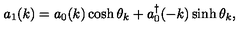
a _ { 1 } ( k ) = a _ { 0 } ( k ) \cosh \theta _ { k } + a _ { 0 } ^ { \dagger } ( - k ) \sinh \theta _ { k } ,